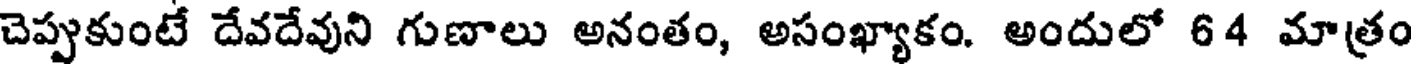
చెప్పుకుంటే దేవదేవుని గుణాలు అనంతం, అసంఖ్యాకం. అందులో 64 మాత్రం